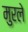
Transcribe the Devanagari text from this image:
मुरले